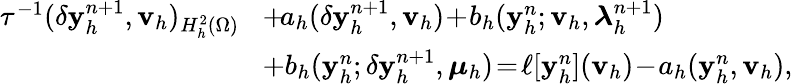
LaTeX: \begin{array}{rl}{\tau^{-1}(\delta\mathbf{y}_{h}^{n+1},\mathbf{v}_{h})_{H_{h}^{2}(\Omega)}\! }&{+\! a_{h}(\delta\mathbf{y}_{h}^{n+1},\mathbf{v}_{h})\! +\! b_{h}(\mathbf{y}_{h}^{n};\mathbf{v}_{h},\boldsymbol{\lambda}_{h}^{n+1})}\\ &{+b_{h}(\mathbf{y}_{h}^{n};\delta\mathbf{y}_{h}^{n+1},\boldsymbol{\mu}_{h})\! =\! \ell[\mathbf{y}_{h}^{n}](\mathbf{v}_{h})\! -\! a_{h}(\mathbf{y}_{h}^{n},\mathbf{v}_{h}),}\end{array}